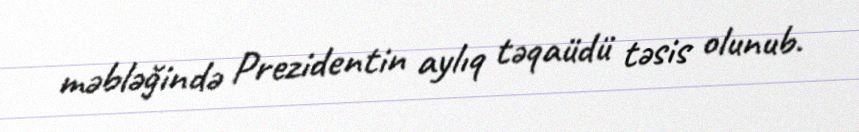
məbləğində Prezidentin aylıq təqaüdü təsis olunub.